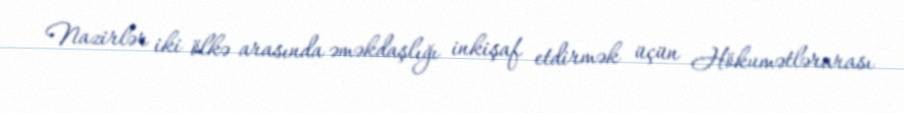
Nazirlər iki ölkə arasında əməkdaşlığı inkişaf etdirmək üçün Hökumətlərarası